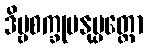
ဒိဗ္ဗစက္ခုမနုပ္ပတ္တော